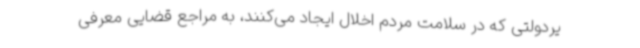
یردولتی که در سلامت مردم اخلال ایجاد می‌کنند، به مراجع قضایی معرفی